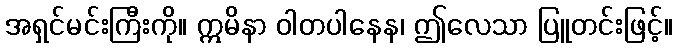
အရှင်မင်းကြီးကို။ ဣမိနာ ဝါတပါနေန၊ ဤလေသာ ပြူတင်းဖြင့်။